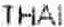
THAI